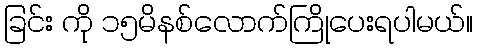
ခြင်း ကို ၁၅မိနစ်လောက်ကြိုပေးရပါမယ်။